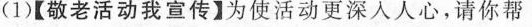
(1)【敬老活动我宣传】为使活动更深人人心，请你帮